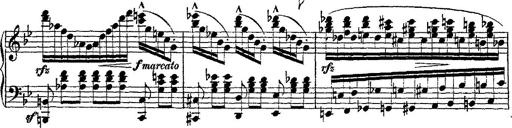
Title: Fantaisie romantique sur deux mÃ©lodies suisses
Composer: Franz Liszt